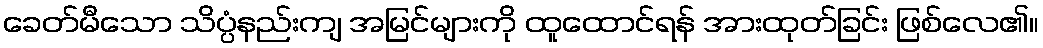
ခေတ်မီသော သိပ္ပံနည်းကျ အမြင်များကို ထူထောင်ရန် အားထုတ်ခြင်း ဖြစ်လေ၏။